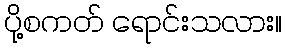
ပို့စကတ် ရောင်းသလား။